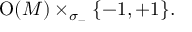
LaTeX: \operatorname { O } ( M ) \times _ { \sigma _ { - } } \{ - 1 , + 1 \} .